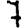
Digit: 7